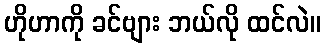
ဟိုဟာကို ခင်ဗျား ဘယ်လို ထင်လဲ။